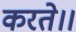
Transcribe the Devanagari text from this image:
करते।।